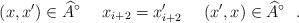
LaTeX: \begin{align*} (x,x') \in \widehat{A}^{\circ} \ \ \ \ x_{i+2} = x'_{i+2} \ \ \ \ (x',x) \in \widehat{A}^{\circ} \ \ . \end{align*}